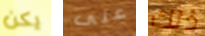
يكن على ذلك